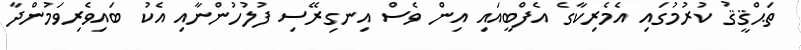
ތަޙްޤީޤު ކުރުމުގައި އެމެރިކާގެ އެފްބީއައި އިން ވެސް އިނގިރޭސި ފުލުހުންނާއި އެކު ބައިވެރިވަމުންދާ